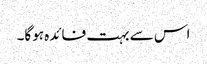
اس سے بہت فائدہ ہوگا۔